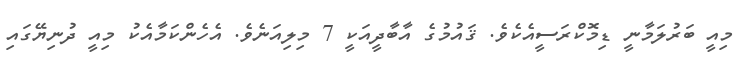
މިއީ ބަރުލަމާނީ ޑިމޮކްރަސީއެކެވެ. ޤައުމުގެ އާބާދީއަކީ 7 މިލިއަނެވެ. އެހެންކަމާއެކު މިއީ ދުނިޔޭގައި